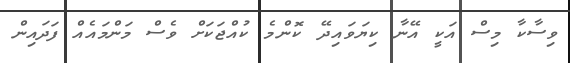
ވިސާކާ މިސް އަކީ އޭނާ ކިޔަވައިދޭ ކޮންމެ ކުއްޖަކަށް ވެސް މަންމައެއް ފަދައިން